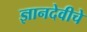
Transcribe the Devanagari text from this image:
ज्ञानदेवीचे